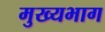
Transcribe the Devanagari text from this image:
मुख्यभाग